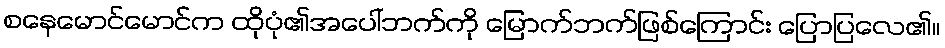
စနေမောင်မောင်က ထိုပုံ၏အပေါ်ဘက်ကို မြောက်ဘက်ဖြစ်ကြောင်း ပြောပြလေ၏။